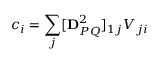
c _ { i } = \sum _ { j } [ \mathbf { D } _ { P Q } ^ { 2 } ] _ { 1 j } V _ { j i }